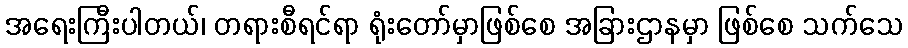
အရေးကြီးပါတယ်၊ တရားစီရင်ရာ ရုံးတော်မှာဖြစ်စေ အခြားဌာနမှာ ဖြစ်စေ သက်သေ